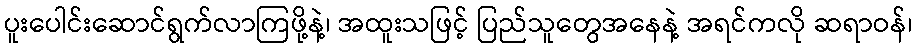
ပူးပေါင်းဆောင်ရွက်လာကြဖို့နဲ့၊ အထူးသဖြင့် ပြည်သူတွေအနေနဲ့ အရင်ကလို ဆရာဝန်၊